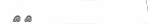
٥٢